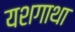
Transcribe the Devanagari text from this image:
यशगाथा